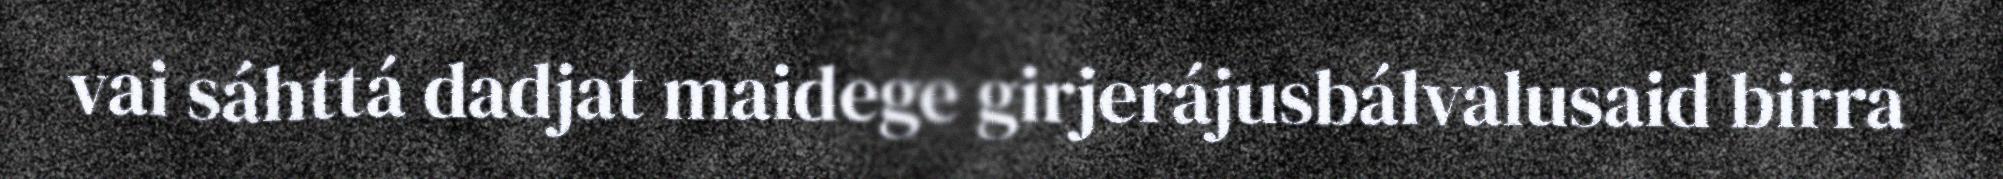
vai sáhttá dadjat maidege girjerájusbálvalusaid birra